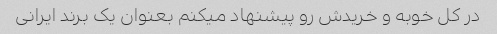
در کل خوبه و خریدش رو پیشنهاد میکنم بعنوان یک برند ایرانی